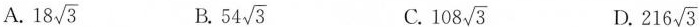
A. 18 \sqrt{3} B. 54 \sqrt{3} C. 108 \sqrt{3} D. 216 \sqrt{3}